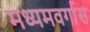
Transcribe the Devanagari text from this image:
मध्यमवर्गास